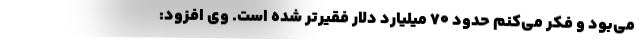
می‌بود و فکر می‌کنم حدود ۷۰ میلیارد دلار فقیرتر شده است. وی افزود: